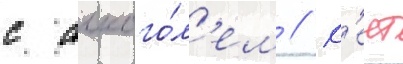
с алкого́л'ем // К'еит